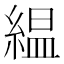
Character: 緼